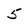
Character: 5